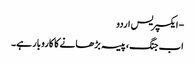
- ایکسپریس اردو
اب جنگ، پیسہ بڑھانے کا کاروبار ہے۔